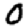
Digit: 0